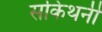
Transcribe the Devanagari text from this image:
सकिथनी